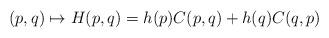
LaTeX: \begin{align*} (p,q) \mapsto H(p,q) = h(p) C(p,q) + h(q) C(q,p)\end{align*}